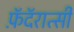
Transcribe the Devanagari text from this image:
फ़ॅदॅरात्सी